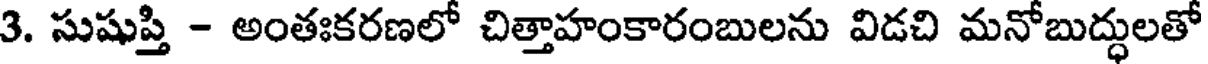
3. సుషుప్తి - అంతఃకరణలో చిత్తాహంకారంబులను విడచి మనోబుద్ధులతో